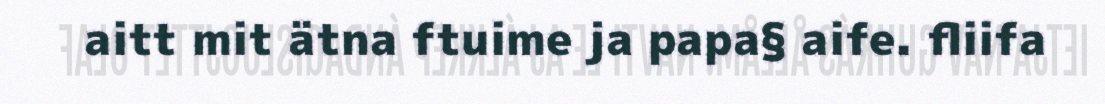
aitt mit ätna ftuime ja papa§ aife. fliifa